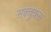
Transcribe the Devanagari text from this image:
सेक्चुवल